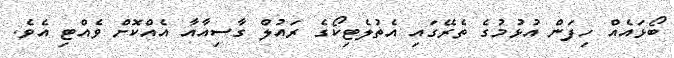
ބޯޅައެއް ހިފަން އުޅުމުގެ ތެރޭގައި އެތުލެޓިކޯގެ ރައުލް ގާސިއާއާ އެއްކޮށް ވެއްޓި އެވެ.